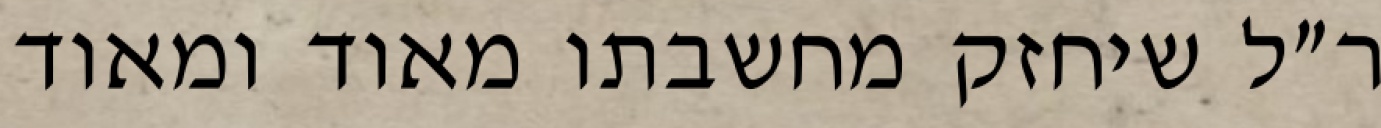
ר״ל שיחזק מחשבתו מאוד ומאוד